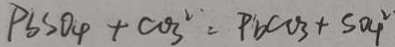
P S S O _ { 4 } + \cos ^ { 2 } = P b c o _ { 3 } + S O _ { 4 } ^ { 2 }